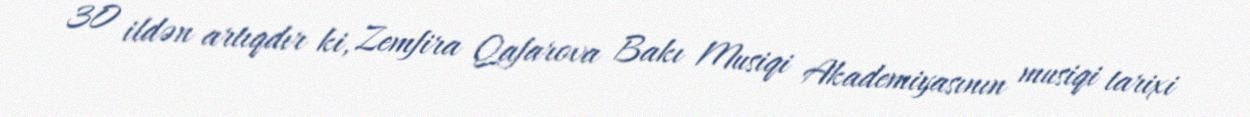
30 ildən artıqdır ki, Zemfira Qafarova Bakı Musiqi Akademiyasının musiqi tarixi